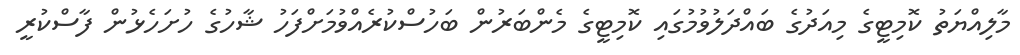
މާލިއްޔަތު ކޮމިޓީގެ މިއަދުގެ ބައްދަލުވުމުގައި ކޮމިޓީގެ މެންބަރުން ބަހުސްކުރެއްވުމަށްފަހު ޝާހުގެ ހުށަހެޅުން ފާސްކުރީ